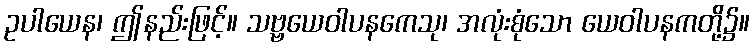
ဥပါယေန၊ ဤနည်းဖြင့်။ သဗ္ဗယေဝါပနကေသု၊ အလုံးစုံသော ယေဝါပနကတို့၌။